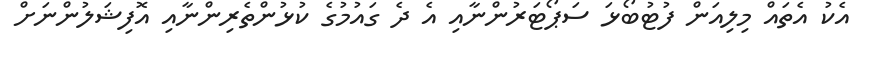
އެކު އެތައް މިލިއަން ފުޓުބޯޅަ ސަޕޯޓަރުންނާއި އެ ދެ ގައުމުގެ ކުޅުންތެރިންނާއި އޮފިޝަލުންނަށް